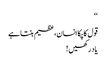
‘‘
قول کا پکا انسان،عظیم بنتا ہے
یاد رکھیں !